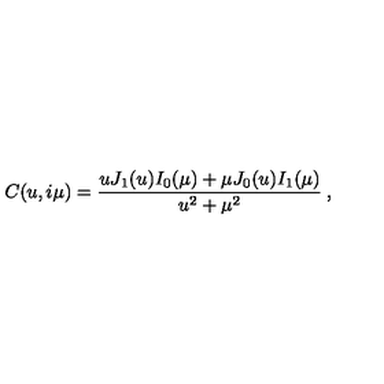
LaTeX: C ( u , i \mu ) = \frac { u J _ { 1 } ( u ) I _ { 0 } ( \mu ) + \mu J _ { 0 } ( u ) I _ { 1 } ( \mu ) } { u ^ { 2 } + \mu ^ { 2 } } \: ,